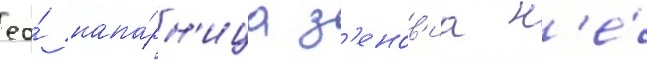
ео́ напа́рн'ица з'енов'иа н'е́